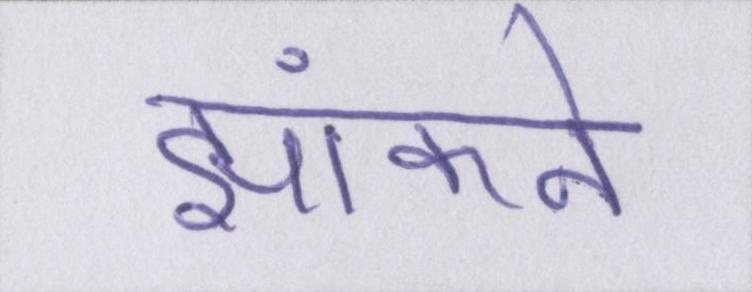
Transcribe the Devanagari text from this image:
झांकने